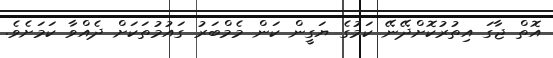
އޮތް ޖާގަ އިތުރުކޮށްދޭނޭ ކަމުގެ ޔަގީން ކަން މެމްބަރު ގައުމުތަކަށް ދެއްވާ ކަމަށެވެ.